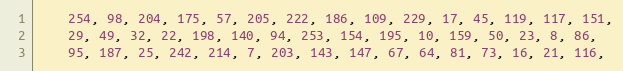
Language: C++
    254, 98, 204, 175, 57, 205, 222, 186, 109, 229, 17, 45, 119, 117, 151,
    29, 49, 32, 22, 198, 140, 94, 253, 154, 195, 10, 159, 50, 23, 8, 86,
    95, 187, 25, 242, 214, 7, 203, 143, 147, 67, 64, 81, 73, 16, 21, 116,